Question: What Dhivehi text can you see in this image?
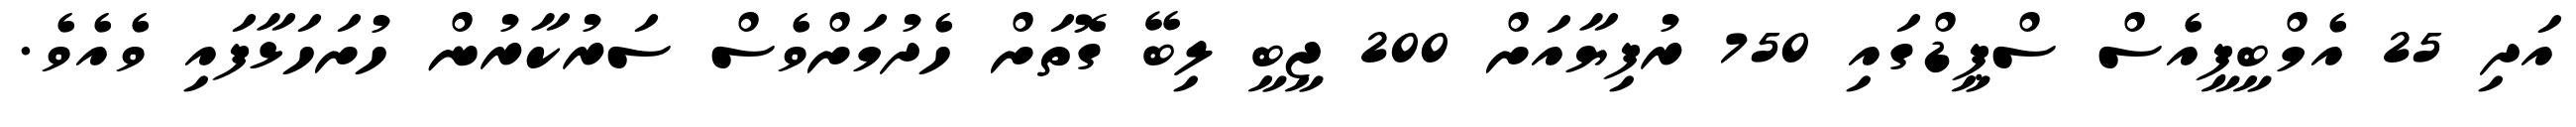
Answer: އަދި 25 އެމްބީޕީއެސް ސްޕީޑްގައި 750 ރުފިޔާއަށް 200 ޖީބީ ލިބޭ ގޮތަށް ހެދުމަށްވެސް ސަރުކާރުން ހުށަހަޅާފައި ވެއެވެ.